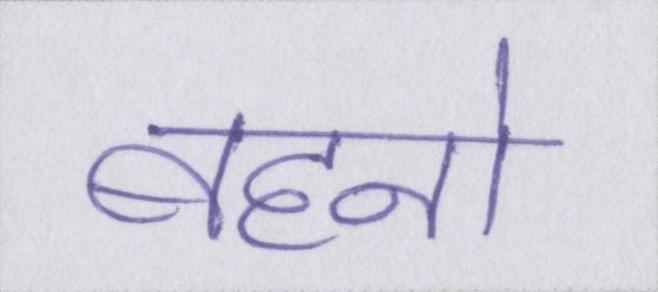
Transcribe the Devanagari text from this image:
बहनो